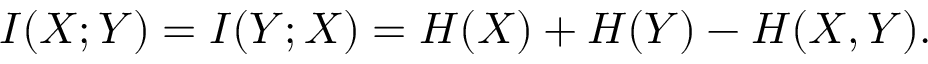
I ( X ; Y ) = I ( Y ; X ) = H ( X ) + H ( Y ) - H ( X , Y ) .